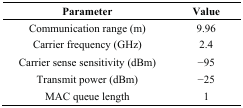
<table><thead><tr><td><b>Parameter</b></td><td><b>Value</b></td></tr></thead><tbody><tr><td>Communication range (m)</td><td>9.96</td></tr><tr><td>Carrier frequency (GHz)</td><td>2.4</td></tr><tr><td>Carrier sense sensitivity (dBm)</td><td>−95</td></tr><tr><td>Transmit power (dBm)</td><td>−25</td></tr><tr><td>MAC queue length</td><td>1</td></tr></tbody></table>